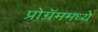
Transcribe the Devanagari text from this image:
प्रोग्रॅममध्ये